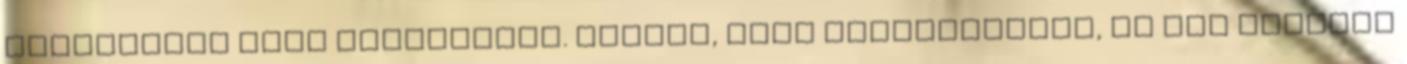
hosszabbít vele szerződést. Érezte, hogy meneszthetik, ha nem nyernek